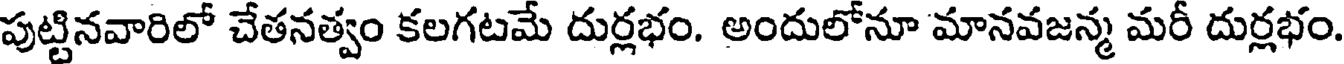
పుట్టినవారిలో చేతనత్వం కలగటమే దుర్లభం. అందులోనూ మానవజన్మ మరీ దుర్లభం.